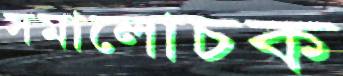
সমালোচক